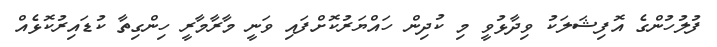
ފުލުހުންގެ އޮފިޝަލަކު ވިދާޅުވީ މި ކުދިން ހައްޔަރުކޮށްފައި ވަނީ މާރާމާރީ ހިންގިތާ ކުޑައިރުކޮޅެއް